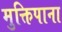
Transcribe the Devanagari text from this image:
मुक्तिपाना